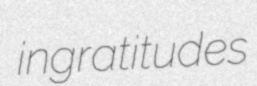
ingratitudes